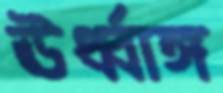
ঊর্ধ্বাঙ্গ